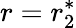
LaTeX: r=r_{2}^{*}